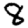
Digit: 8